Lunatic asylums United Prov. 1922-30 - 1922-1930
Year: 1922
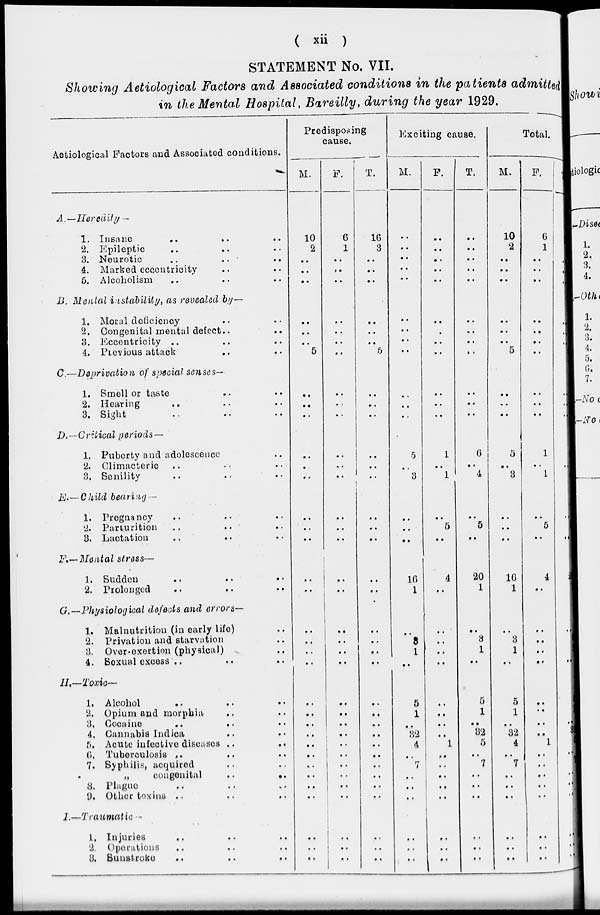
( xii )
STATEMENT No. VII.
Showing Aetiological Factors and Associated conditions in the patients admitted
in the Mental Hospital, Bareilly, during the year 1929.
Aetiological Factors and Associated conditions.
A.—Heredity —
1. Insane .. .. ..
2. Epileptic .. .. ..
3. Neurotic .. .. ..
4. Marked eccentricity .. ..
5. Alcoholism .. .. ..
B. Mental instability, as revealed by—
1. Moral deficiency .. ..
2. Congenital mental defect ..
..
3. Eccentricity .. .. ..
4. Previous attack .. ..
C.—Deprivation of special senses—
1. Smell or taste .. ..
2. Hearing .. .. ..
3. Sight .. .. ..
D.—Critical periods —
1. Puberty and adolescence ..
2. Climacteric .. .. ..
3. Senility .. .. ..
E.—Child bearing —
1. Pregnancy .. .. ..
2. Parturition .. .. ..
3. Lactation .. .. ..
F.— Mental stress—
1. Sudden .. .. ..
2. Prolonged
..
..
..
G.—Physiological defects and errors—
1. Malnutrition (in early life) ..
2. Privation and starvation ..
3, Over-exertion (physical) ..
4. Sexual excess .. .. ..
II.—Toxic—
1. Alcohol .. .. ..
2. Opium and morphia .. ..
3, Cocaine
..
.. ..
4. Cannabis Indica .. ..
5, Acute infective diseases .. ..
6. Tuberculosis .. .. ..
7. Syphilis, acquired .. ..
„
congenital
..
..
8. Plague .. .. ..
9. Other toxins .. .. ..
I.—Traumatic
1. Injuries .. .. ..
2. Operations .. .. ..
3. Sunstroke .. .. ..
Predisposing
cause.
M.
10
2
..
..
..
..
..
..
5
..
..
..
..
..
..
..
..
..
..
..
..
..
..
..
..
..
..
..
..
..
..
..
..
..
..
..
..
F.
6
1
..
..
..
..
..
..
..
..
..
..
..
..
..
..
..
..
..
..
..
..
..
..
..
..
..
..
..
..
..
..
..
..
..
..
..
T.
16
3
..
..
..
..
..
..
5
..
..
..
..
..
..
..
..
..
..
..
..
..
..
..
..
..
..
..
..
..
..
..
..
..
..
..
..
Exciting cause.
M.
..
..
..
..
..
..
..
..
..
..
..
..
5
..
3
..
..
..
16
1
..
3
1
..
5
1
..
32
4
..
7
..
..
..
..
..
..
F.
..
..
..
..
..
..
..
..
..
..
..
1
..
1
..
5
..
4
..
..
..
..
..
..
..
..
..
1
..
..
..
..
..
..
..
..
T.
..
..
..
..
..
..
..
..
..
..
..
..
6
..
4
..
5
..
20
1
..
3
1
..
5
1
..
32
5
..
7
..
..
..
..
..
..
Total.
M.
10
2
..
..
..
..
..
..
5
..
..
..
5
..
3
..
..
..
16
1
..
3
1
..
5
1
..
32
4
..
7
..
..
..
..
..
...
F.
6
1
..
..
..
..
..
..
..
..
..
..
1
..
1
..
5
..
4
..
..
..
..
..
..
..
..
..
1
..
..
..
..
..
..
..
...
T.
16
3
..
..
..
..
..
..
5
..
..
..
6
..
4
..
5
..
20
1
..
3
1
..
5
1
..
32
5
..
7
..
..
..
..
..
...